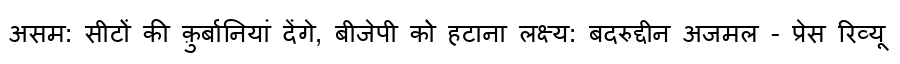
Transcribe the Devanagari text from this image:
असम: सीटों की क़ुर्बानियां देंगे, बीजेपी को हटाना लक्ष्य: बदरुद्दीन अजमल - प्रेस रिव्यू